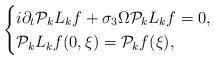
LaTeX: \begin{align*}\begin{cases}\displaystyle i\partial_t\mathcal{P}_kL_kf+\sigma_3\Omega \mathcal{P}_kL_kf=0,\\\mathcal{P}_kL_kf(0,\xi)=\mathcal{P}_kf(\xi),\end{cases}\end{align*}